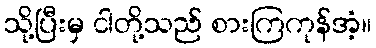
သို့ပြီးမှ ငါတို့သည် စားကြကုန်အံ့။